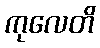
ကုလေတိ